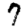
Digit: 7